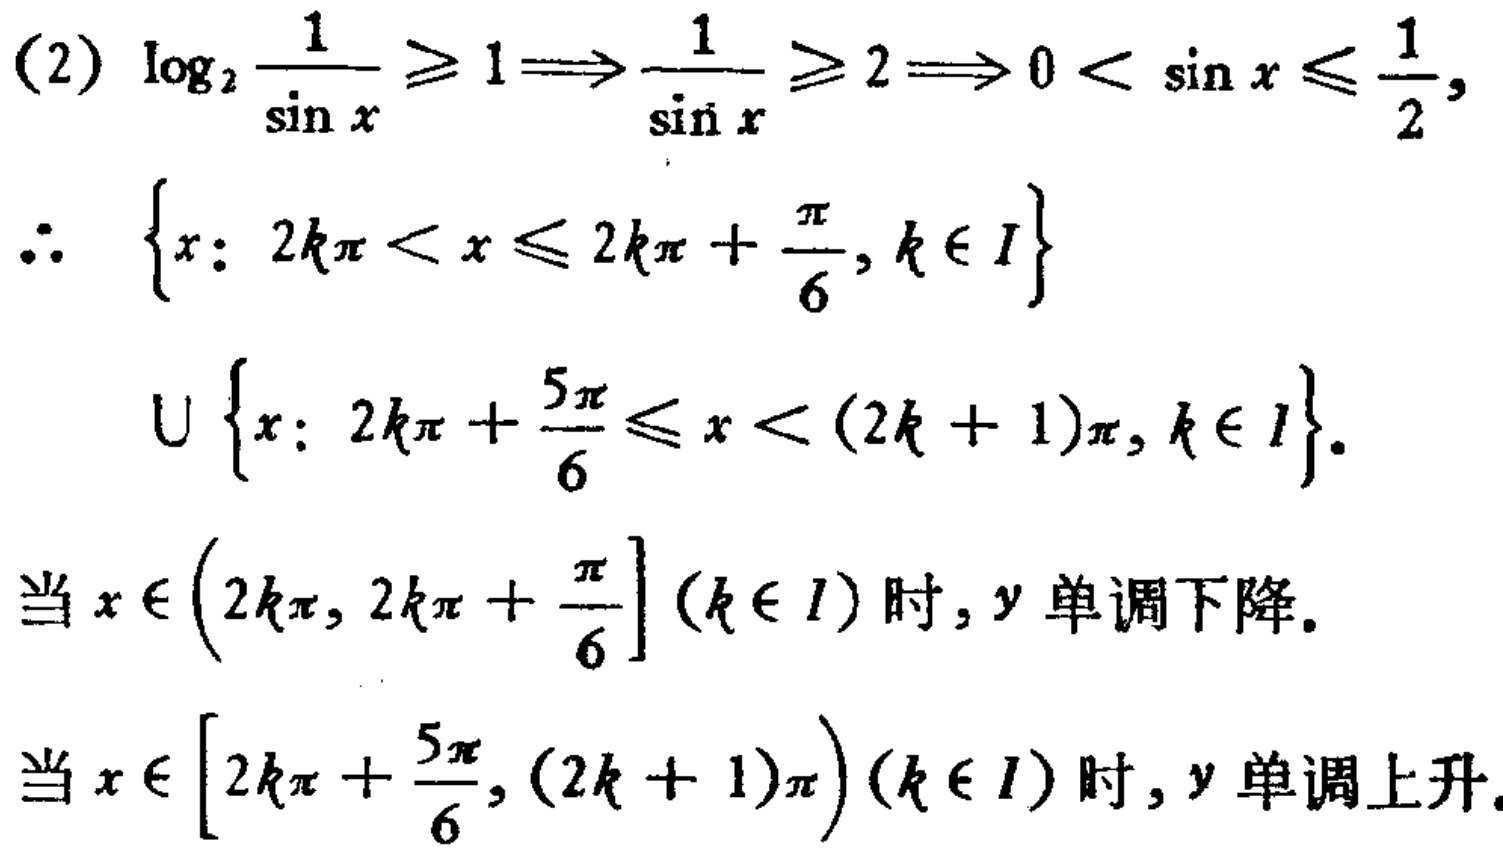
(2) \(\log_{2}\frac{1}{\sin x}\geqslant1\Longrightarrow\frac{1}{\sin x}\geqslant2\Longrightarrow0 < \sin x\leqslant\frac{1}{2}\),

\(\therefore\) \(\left\{x: 2k\pi < x\leqslant 2k\pi+\frac{\pi}{6},k\in I\right\}\)

\(\cup\left\{x: 2k\pi+\frac{5\pi}{6}\leqslant x < (2k + 1)\pi,k\in I\right\}\).

当\(x\in\left(2k\pi,2k\pi+\frac{\pi}{6}\right](k\in I)\)时, \(y\)单调下降.

当\(x\in\left[2k\pi+\frac{5\pi}{6},(2k + 1)\pi\right)(k\in I)\)时, \(y\)单调上升.